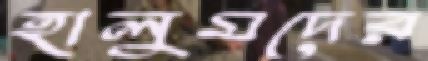
হালুমদের